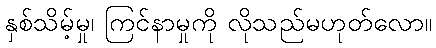
နှစ်သိမ့်မှု၊ ကြင်နာမှုကို လိုသည်မဟုတ်လော။